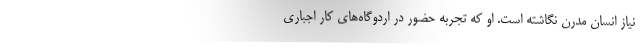
نیاز انسان مدرن نگاشته است. او که تجربه حضور در اردوگاه‌های کار اجباری